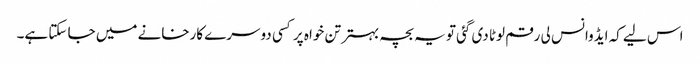
اس لیے کہ ایڈوانس لی رقم لوٹا دی گئی تو یہ بچہ بہتر تن خواہ پر کسی دوسرے کارخانے میں جا سکتا ہے۔